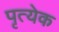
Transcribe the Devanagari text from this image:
पृत्येक